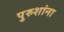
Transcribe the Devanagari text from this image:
पुरुशांना